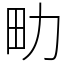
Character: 㽖